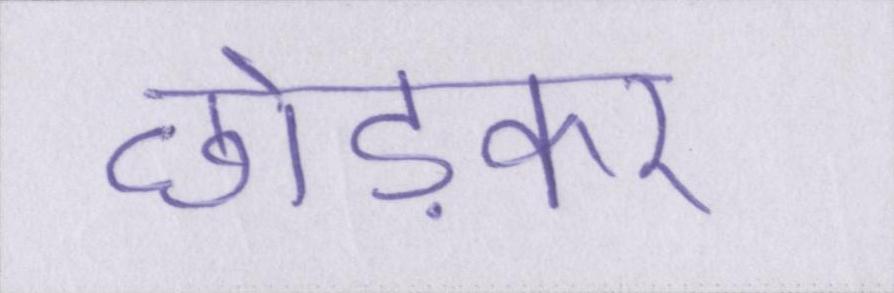
छोड़कर